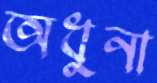
অধুনা